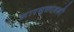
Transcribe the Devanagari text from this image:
सारसुक्तावली